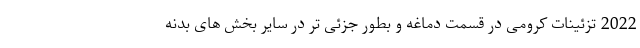
2022 تزئینات کرومی در قسمت دماغه و بطور جزئی تر در سایر بخش های بدنه